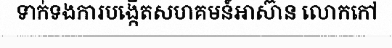
ទាក់ទងការបង្កើតសហគមន៍អាស៊ាន លោកកៅ